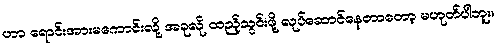
ဟာ ရောင်းအားမကောင်းလို့ အခုလို ထည့်သွင်းဖို့ လုပ်ဆောင်နေတာတော့ မဟုတ်ပါဘူး။